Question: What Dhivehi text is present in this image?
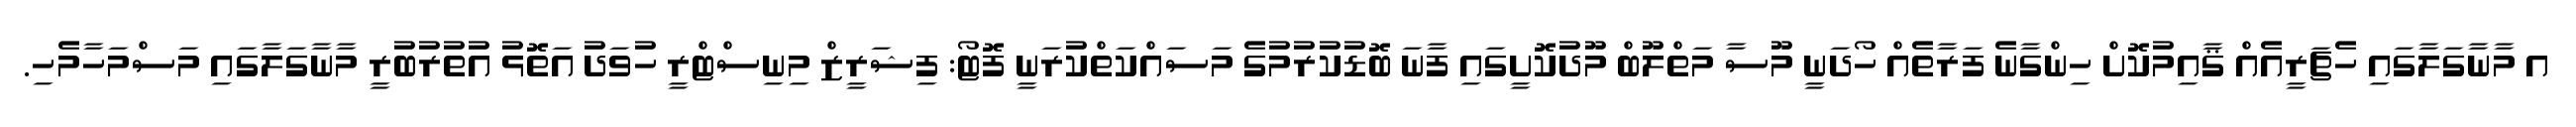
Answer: އ މާނާގަލާގައި ހެޗަރީއެއް ޤާއިމުކޮށް ހިންގާނެ ފަރާތެއް ހޯދަނީ މޫސާ މަތްލޫބް މޫދުކޮށީގައި ފާނަ ބޮޑުކުރުމުގެ މަސައްކަތްކުރަނީ ފޮޓޯ: ފިޝަރީޒް މިނިސްޓްރީ ހުވަދު އަތޮޅު އުތުރުބުރީ މާނާގަލާގައި މަސްމަހާމެހި.